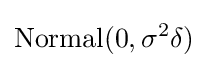
\mathrm {Normal} (0,\sigma ^{2}\delta )